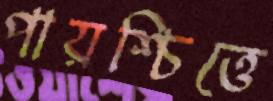
পায়শ্চিত্তে